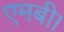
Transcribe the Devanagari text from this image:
एमबी।